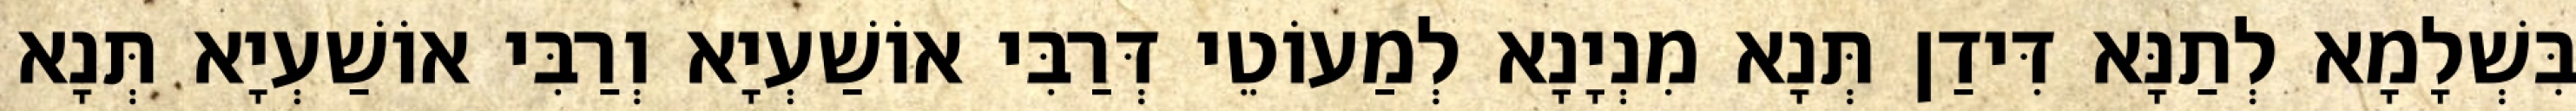
בִּשְׁלָמָא לְתַנָּא דִּידַן תְּנָא מִנְיָנָא לְמַעוֹטֵי דְּרַבִּי אוֹשַׁעְיָא וְרַבִּי אוֹשַׁעְיָא תְּנָא